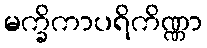
မက္ခိကာပရိကိဏ္ဏာ